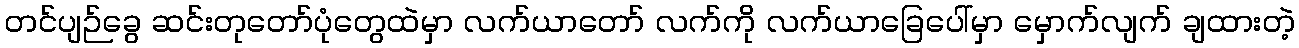
တင်ပျဉ်ခွေ ဆင်းတုတော်ပုံတွေထဲမှာ လက်ယာတော် လက်ကို လက်ယာခြေပေါ်မှာ မှောက်လျက် ချထားတဲ့